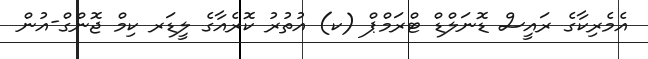
އެމެރިކާގެ ރައީސް ޑޮނަލްޑް ޓްރަމްޕް (ކ) އުތުރު ކޮރެއާގެ ލީޑަރ ކިމް ޖޮންގް-އުން